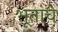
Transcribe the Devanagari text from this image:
भूताचे